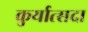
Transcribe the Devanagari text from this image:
कुर्यात्सदा